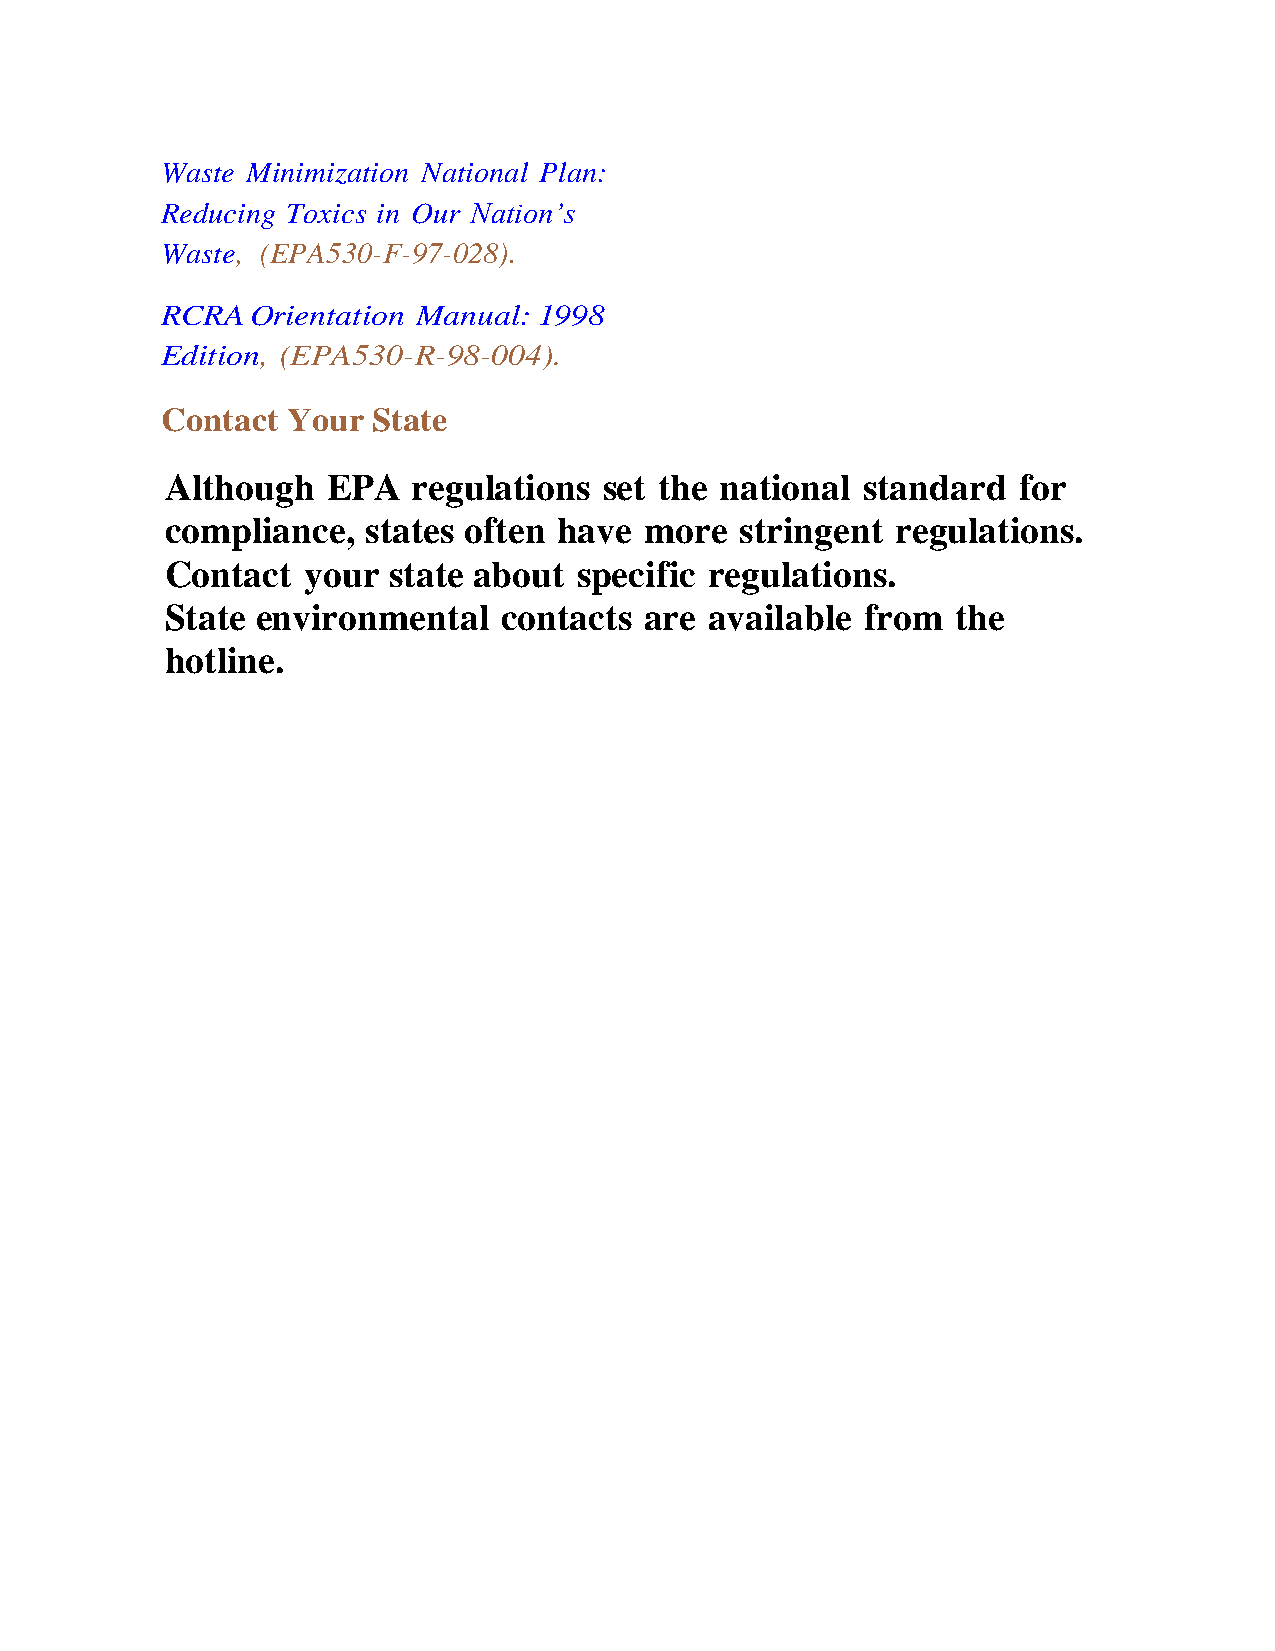
Waste Minimization National Plan:
 Reducing Toxics in Our Nation’s
 Waste, (EPA530-F-97-028).
 RCRA  Orientation Manual: 1998
 Edition, (EPA530-R-98-004).
 Contact Your  State
 Although   EPA  regulations  set the national standard  for
 compliance,  states often have  more  stringent regulations.
 Contact  your  state about specific regulations.
 State environmental   contacts  are available from  the
 hotline.